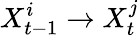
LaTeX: X_{t-1}^{i}\rightarrow X_{t}^{j}